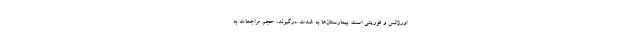
اورژانس و فوریتی است. بیمارستان‌ها به شدت درگیرند، حجم مراجعات به